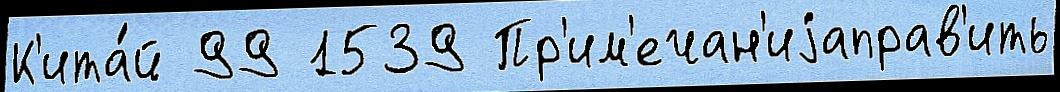
К'ита́й 99 1539 Пр'им'ечан'иjаправ'ить